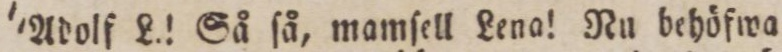
'Adolf L.! Så ſå, mamſell Lena! Nu behöfwa